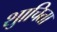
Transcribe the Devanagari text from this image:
शुाचिता